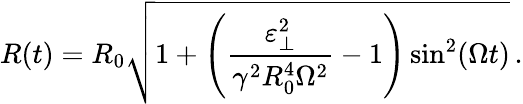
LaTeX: R(t)=R_{0}\sqrt{1+\left(\frac{\varepsilon_{\perp}^{2}}{\gamma^{2}R_{0}^{4}\Omega^{2}}-1\right)\sin^{2}(\Omega t)}\, .